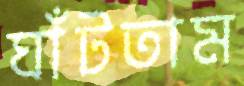
ঘাঁটতাম